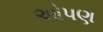
ઓપણ